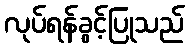
လုပ်ရန်ခွင့်ပြုသည်